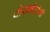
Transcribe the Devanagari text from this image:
थोराकोटोमी